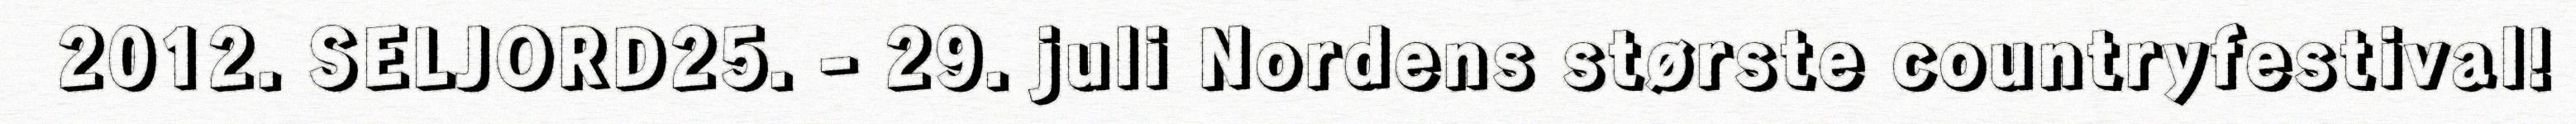
2012. SELJORD25. - 29. juli Nordens største countryfestival!